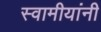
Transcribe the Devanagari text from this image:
स्वामीयांनी